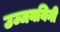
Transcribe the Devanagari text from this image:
उज्जययिनी